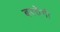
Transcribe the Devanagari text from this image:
बरतेंगी